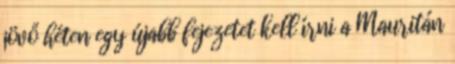
jövő héten egy újabb fejezetet kell írni a Mauritán